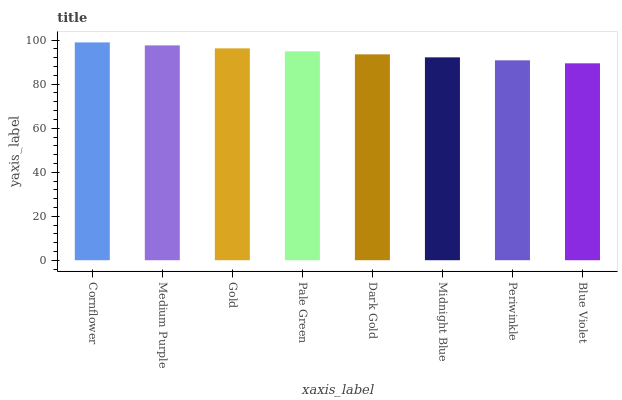
| xaxis_label | bars |
 | --- | --- |
 | Cornflower | 99 |
 | Medium Purple | 97.6 |
 | Gold | 96.3 |
 | Pale Green | 94.9 |
 | Dark Gold | 93.6 |
 | Midnight Blue | 92.2 |
 | Periwinkle | 90.8 |
 | Blue Violet | 89.5 |